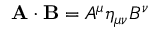
\mathbf { A } \cdot \mathbf { B } = A ^ { \mu } \eta _ { \mu \nu } B ^ { \nu }